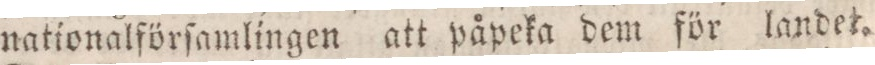
nationalförſamlingen att påpeka dem för landet.